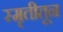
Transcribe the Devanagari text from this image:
स्मृतीतून